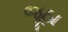
જૂઠા